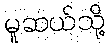
မူဆယ်သို့